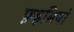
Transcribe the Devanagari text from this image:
फ़हमियां